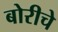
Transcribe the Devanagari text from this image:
बोरीचे